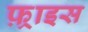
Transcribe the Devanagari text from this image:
फ़्राइस